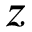
z